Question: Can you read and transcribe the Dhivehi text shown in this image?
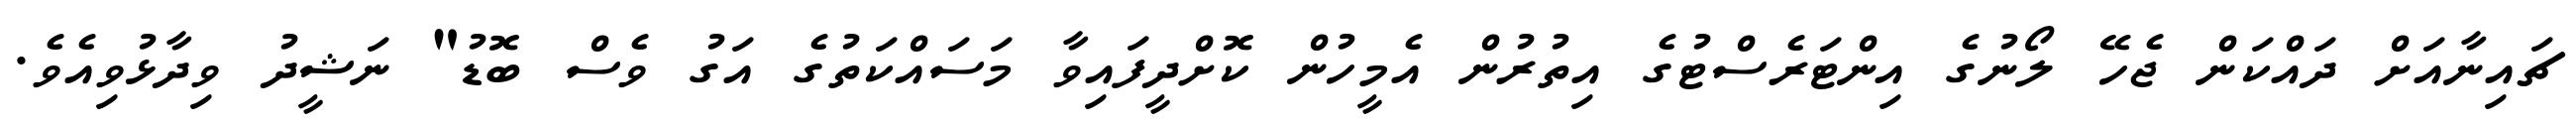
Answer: ޗައިނާއަށް ދައްކަން ޖެހޭ ލޯނުގެ އިންޓަރެސްޓުގެ އިތުރުން އެމީހުން ކޮށްދީފައިވާ މަސައްކަތުގެ އަގު ވެސް ބޮޑު" ނަޝީދު ވިދާޅުވިއެވެ.